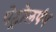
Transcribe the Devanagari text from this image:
पेट्रोलपंप